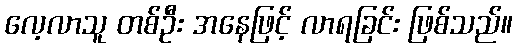
လေ့လာသူ တစ်ဦး အနေဖြင့် လာရခြင်း ဖြစ်သည်။